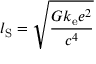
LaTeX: l _ { \mathrm { S } } = { \sqrt { \frac { G k _ { \mathrm { e } } e ^ { 2 } } { c ^ { 4 } } } }